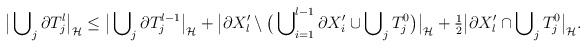
\begin{align*}\big|\bigcup\nolimits_{j} \partial T^l_{j} \big|_{\cal H} \le \big|\bigcup\nolimits_{j} \partial T^{l-1}_{j} \big|_{\cal H} + \big|\partial X_l' \setminus \big(\bigcup\nolimits^{l-1}_{i=1} \partial X_i' \cup \bigcup\nolimits_{j} T_j^{0}\big)\big|_{\cal H} + \tfrac{1}{2}\big|\partial X_l' \cap \bigcup\nolimits_{j} T^{0}_j\big|_{\cal H}.\end{align*}